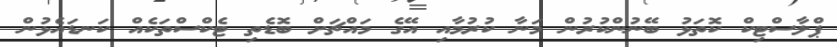
ޕްލާސްޓިކް ކޮތަޅު ބޭނުންކުރުން މަނާ ކުރުމާއި އޭގެ މައްޗަށް ބޮޑެތި ޓެކްސްތަކެއް ކަނޑައެޅުން